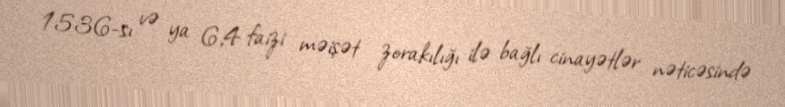
1536-sı və ya 6,4 faizi məişət zorakılığı ilə bağlı cinayətlər nəticəsində